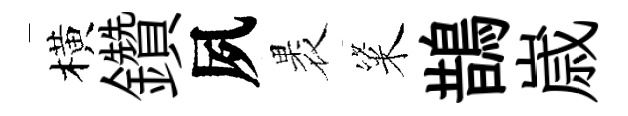
橫鑽夙褁粢鵲𡻕